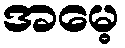
အမေ့